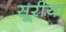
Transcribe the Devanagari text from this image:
सूरीया